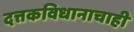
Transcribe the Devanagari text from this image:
दत्तकविधानाचाही